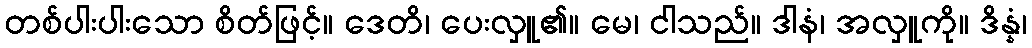
တစ်ပါးပါးသော စိတ်ဖြင့်။ ဒေတိ၊ ပေးလှူ၏။ မေ၊ ငါသည်။ ဒါနံ၊ အလှူကို။ ဒိန္နံ၊